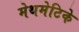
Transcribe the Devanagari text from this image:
मेथमेटिके